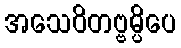
အသေဝိတဗ္ဗမ္ပိပေ